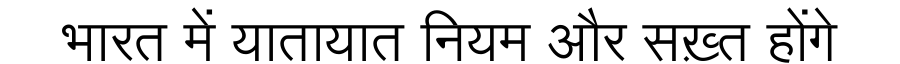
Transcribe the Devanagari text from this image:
भारत में यातायात नियम और सख़्त होंगे